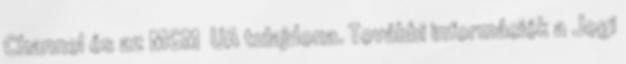
Channel és az MGM UA tulajdona. További információk a Jogi